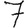
Digit: 7